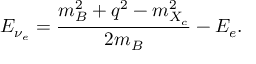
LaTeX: E _ { \nu _ { e } } = \frac { m _ { B } ^ { 2 } + q ^ { 2 } - m _ { X _ { c } } ^ { 2 } } { 2 m _ { B } } - E _ { e } .